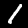
Digit: 1